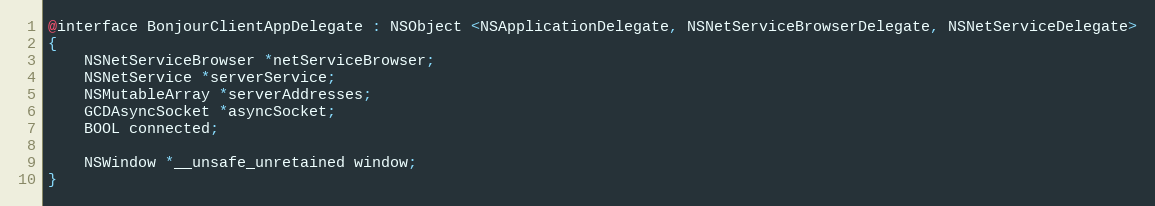
Language: C
@interface BonjourClientAppDelegate : NSObject <NSApplicationDelegate, NSNetServiceBrowserDelegate, NSNetServiceDelegate>
{
	NSNetServiceBrowser *netServiceBrowser;
	NSNetService *serverService;
	NSMutableArray *serverAddresses;
	GCDAsyncSocket *asyncSocket;
	BOOL connected;

	NSWindow *__unsafe_unretained window;
}